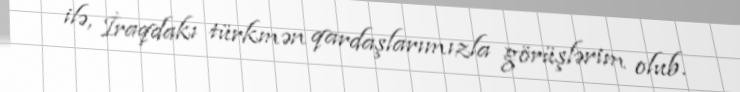
ilə, İraqdakı türkmən qardaşlarımızla görüşlərim olub.